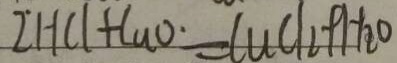
2 H C l + C u O \cdot = C u C l _ { 2 } + H _ { 2 } O